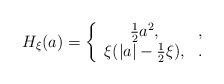
LaTeX: \begin{align*}H_\xi(a)=\left\{ \begin{array}{cl} \frac{1}{2}a^2, &,\\ \xi(|a|-\frac{1}{2}\xi), &. \end{array} \right.\end{align*}